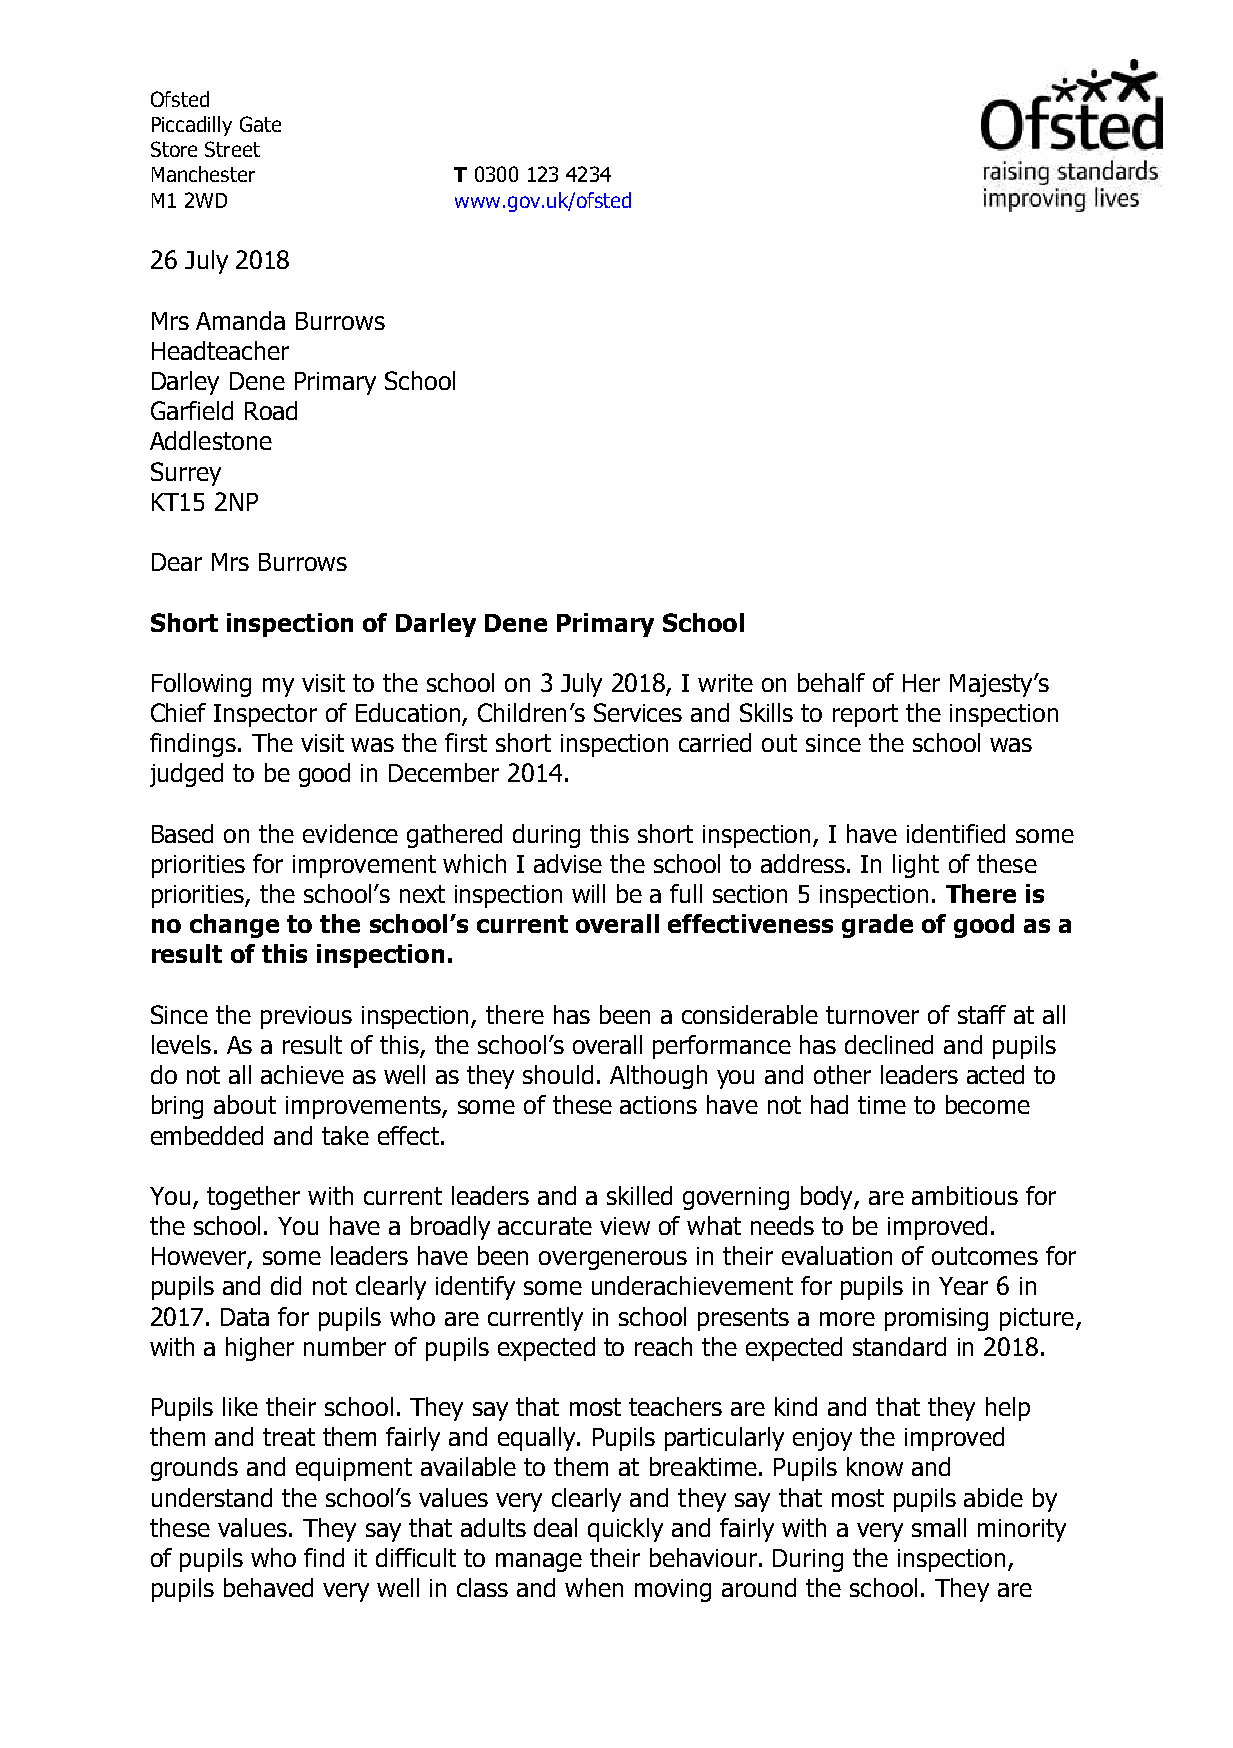
Ofsted
 Piccadilly Gate
 Store Street
 Manchester          T 0300 123 4234
 M1 2WD              www.gov.uk/ofsted
 26 July 2018
 Mrs Amanda Burrows
 Headteacher
 Darley Dene Primary School
 Garfield Road
 Addlestone
 Surrey
 KT15 2NP
 Dear Mrs Burrows
 Short inspection of Darley Dene Primary School
 Following my visit to the school on 3 July 2018, I write on behalf of Her Majesty’s
 Chief Inspector of Education, Children’s Services and Skills to report the inspection
 findings. The visit was the first short inspection carried out since the school was
 judged to be good in December 2014.
 Based on the evidence gathered during this short inspection, I have identified some
 priorities for improvement which I advise the school to address. In light of these
 priorities, the school’s next inspection will be a full section 5 inspection. There is
 no change to the school’s current overall effectiveness grade of good as a
 result of this inspection.
 Since the previous inspection, there has been a considerable turnover of staff at all
 levels. As a result of this, the school’s overall performance has declined and pupils
 do not all achieve as well as they should. Although you and other leaders acted to
 bring about improvements, some of these actions have not had time to become
 embedded and take effect.
 You, together with current leaders and a skilled governing body, are ambitious for
 the school. You have a broadly accurate view of what needs to be improved.
 However, some leaders have been overgenerous in their evaluation of outcomes for
 pupils and did not clearly identify some underachievement for pupils in Year 6 in
 2017. Data for pupils who are currently in school presents a more promising picture,
 with a higher number of pupils expected to reach the expected standard in 2018.
 Pupils like their school. They say that most teachers are kind and that they help
 them and treat them fairly and equally. Pupils particularly enjoy the improved
 grounds and equipment available to them at breaktime. Pupils know and
 understand the school’s values very clearly and they say that most pupils abide by
 these values. They say that adults deal quickly and fairly with a very small minority
 of pupils who find it difficult to manage their behaviour. During the inspection,
 pupils behaved very well in class and when moving around the school. They are